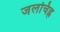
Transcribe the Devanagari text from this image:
जलचिह्न